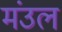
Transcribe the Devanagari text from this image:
मंउल